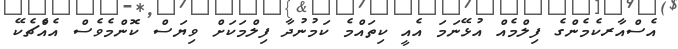
އެސްއާރކެމެންގެ ފިލްމެއް އުޅޭނަމަ އެއީ ކިތައްމެ ކަމުނުދާ ފިލްމަކަށް ވިޔަސް ކޮންމެވެސް އެއެްޗެކޭ